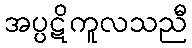
အပ္ပဋိကူလသညီ